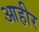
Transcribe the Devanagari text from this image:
आहीर